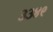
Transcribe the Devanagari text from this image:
३३४९